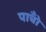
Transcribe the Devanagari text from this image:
पाॅंचो